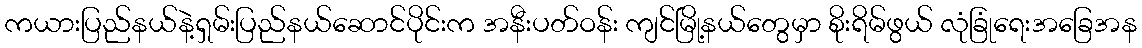
ကယားပြည်နယ်နဲ့ရှမ်းပြည်နယ်ဆောင်ပိုင်းက အနီးပတ်ဝန်း ကျင်မြို့နယ်တွေမှာ စိုးရိမ်ဖွယ် လုံခြုံရေးအခြေအန